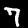
Digit: 7